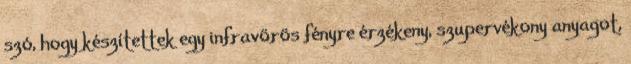
szó, hogy készítettek egy infravörös fényre érzékeny, szupervékony anyagot,